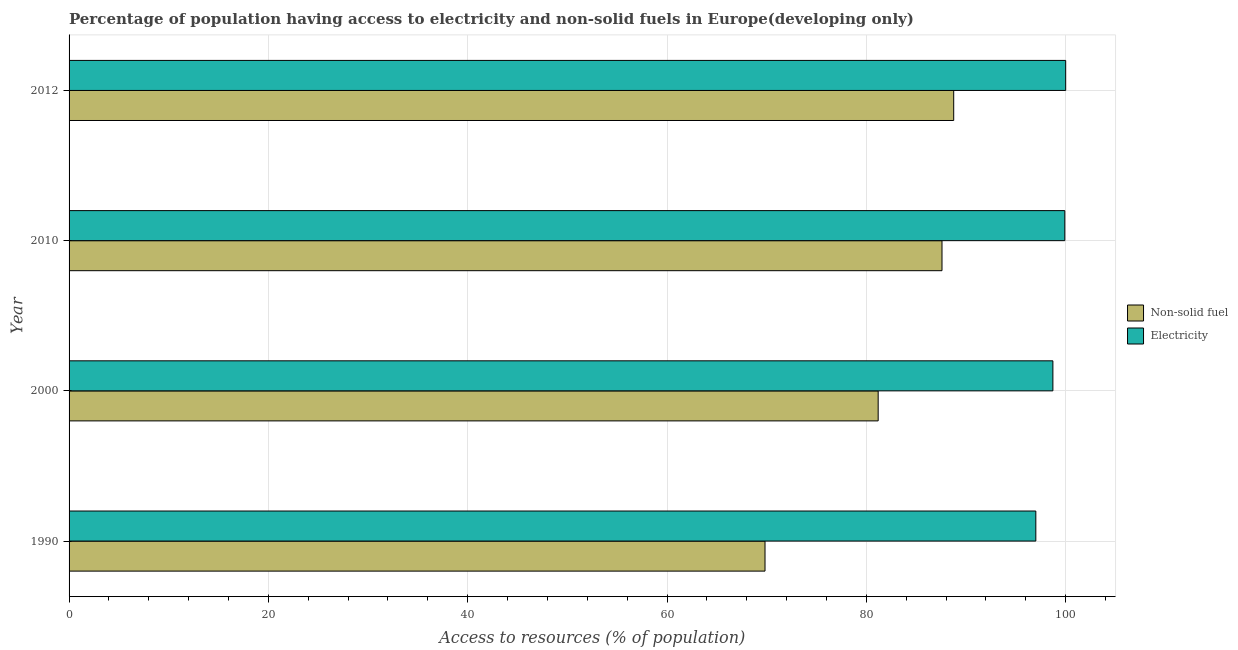
| Year | Non-solid fuel | Electricity |
 | --- | --- | --- |
 | 1990 | 69.8 | 97 |
 | 2000 | 81.2 | 98.7 |
 | 2010 | 87.6 | 99.9 |
 | 2012 | 88.8 | 100 |